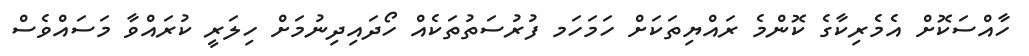
ހާއްސަކޮށް އެމެރިކާގެ ކޮންމެ ރައްޔިތަކަށް ހަމަހަމ ފުރުސަތުތަކެއް ހޯދައިދިނުމަށް ހިލަރީ ކުރައްވާ މަސައްވެސް